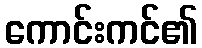
ကောင်းကင်၏